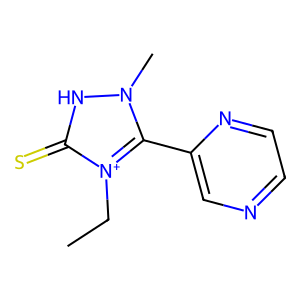
SMILES: CC[n+]1c(-c2cnccn2)n(C)[nH]c1=S
Inhibits HIV replication: No